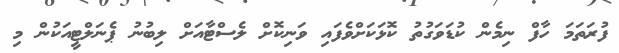
ފުރަތަމަ ހާފް ނިމެން ކުޑަވަގުތު ކޮޅަކަށްވެފައި ވަނިކޮށް ލެސްޓާއަށް ލިބުނު ޕެނަލްޓީއަކުން މި